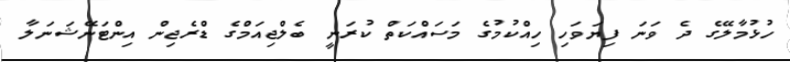
ހުޅުމާލޭގެ ދެ ވަނަ ފިޔަވަހި ހިއްކުމުގެ މަސައްކަތް ކުރަނީ ބެލްޖިއަމްގެ ޑްރެޖިން އިންޓަނޭޝަނަލާ